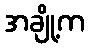
အချို့က